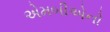
એમબીએનો